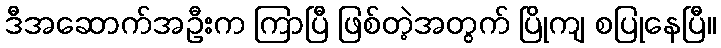
ဒီအဆောက်အဦးက ကြာပြီ ဖြစ်တဲ့အတွက် ပြိုကျ စပြုနေပြီ။